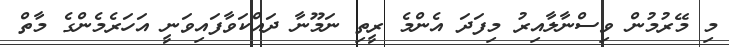
މި މޭރުމުން ވިސްނާލާއިރު މިފަދަ އެންމެ ރީތި ނަމޫނާ ދައްކަވާފައިވަނީ އަހަރެމެންގެ މާތް